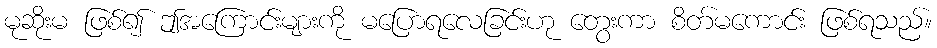
မုဆိုးမ ဖြစ်၍ ဤအကြောင်းများကို မပြောရလေခြင်းဟု တွေးကာ စိတ်မကောင်း ဖြစ်ရသည်။